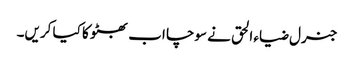
جنرل ضیاء الحق نے سوچا اب بھٹو کا کیا کریں۔